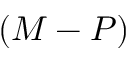
( M - P )